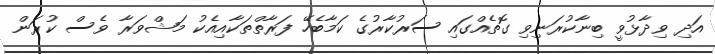
އަދި ވިދާޅުވީ ބިނާކުރަނިވި ގޮތެއްގައި ސަރުކާރުގެ ކަމާބެހޭ ފަރާތްތަކާއިއެކު މަޝްވަރާ ވެސް ކުރަން